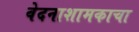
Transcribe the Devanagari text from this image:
वेदनाशामकाचा